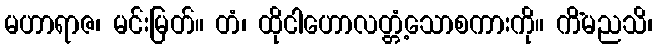
မဟာရာဇ၊ မင်းမြတ်။ တံ၊ ထိုငါဟောလတ္တံ့သောစကားကို။ ကိံမညသိ၊